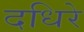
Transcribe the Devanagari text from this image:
दधिरे